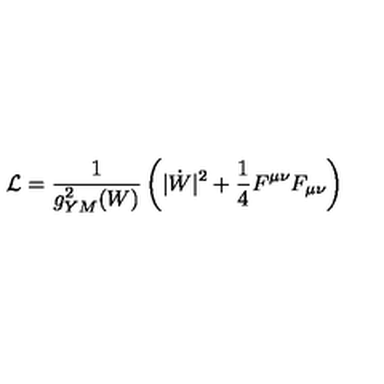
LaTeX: { \cal L } = { \frac { 1 } { g _ { Y M } ^ { 2 } ( W ) } } \left( | \dot { W } | ^ { 2 } + { \frac { 1 } { 4 } } F ^ { \mu \nu } F _ { \mu \nu } \right)